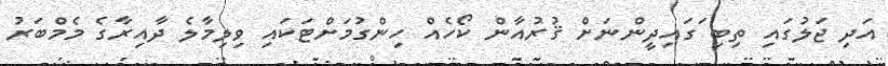
އަދި ޖަލުގައި ތިބި ަގައިދީންނަށް ޤުރުއާން ކޯހެއް ހިންގުމަށްޓަކައި ވިލިމާލެ ދާއިރާގެ މެމްބަރު